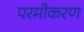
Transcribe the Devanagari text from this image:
परमीकरण